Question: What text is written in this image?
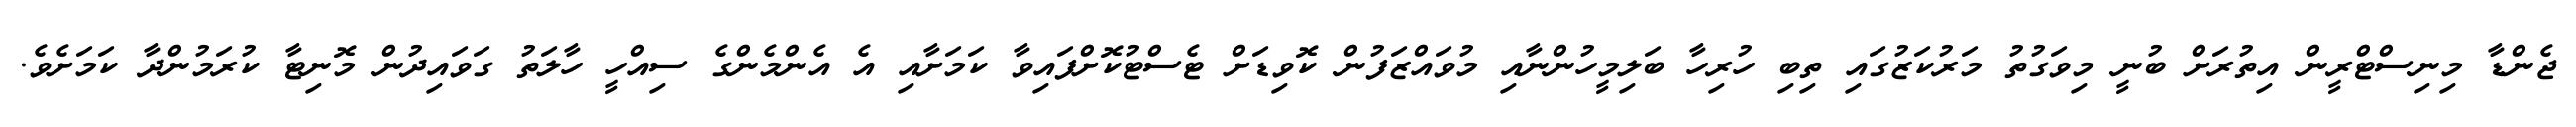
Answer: ޖެންޑާ މިނިސްޓްރީން އިތުރަށް ބުނީ މިވަގުތު މަރުކަޒުގައި ތިބި ހުރިހާ ބަލިމީހުންނާއި މުވައްޒަފުން ކޮވިޑަށް ޓެސްޓުކޮށްފައިވާ ކަމަށާއި އެ އެންމެންގެ ސިއްހީ ހާލަތު ގަވައިދުން މޮނިޓާ ކުރަމުންދާ ކަމަށެވެ.